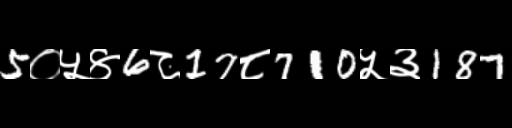
Text: 5०५४6८17८710५३187